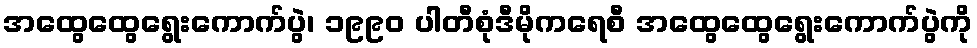
အထွေထွေရွေးကောက်ပွဲ၊ ၁၉၉၀ ပါတီစုံဒီမိုကရေစီ အထွေထွေရွေးကောက်ပွဲကို